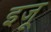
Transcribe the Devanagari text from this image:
इजू